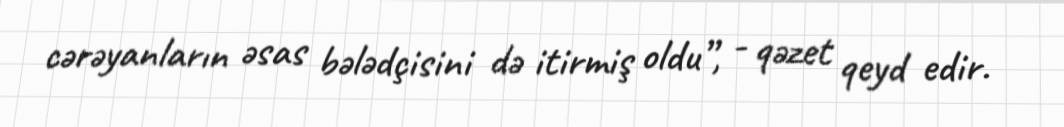
cərəyanların əsas bələdçisini də itirmiş oldu”, - qəzet qeyd edir.